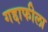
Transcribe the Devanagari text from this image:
गद्दाफीला